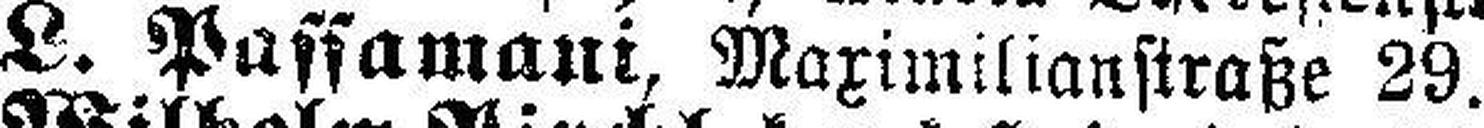
L. Passamani, Maximilianstraße 29.